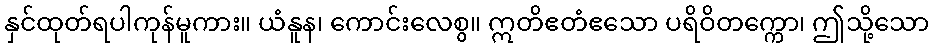
နှင်ထုတ်ရပါကုန်မူကား။ ယံနူန၊ ကောင်းလေစွ။ ဣတိဧတံဧသော ပရိဝိတက္ကော၊ ဤသို့သော